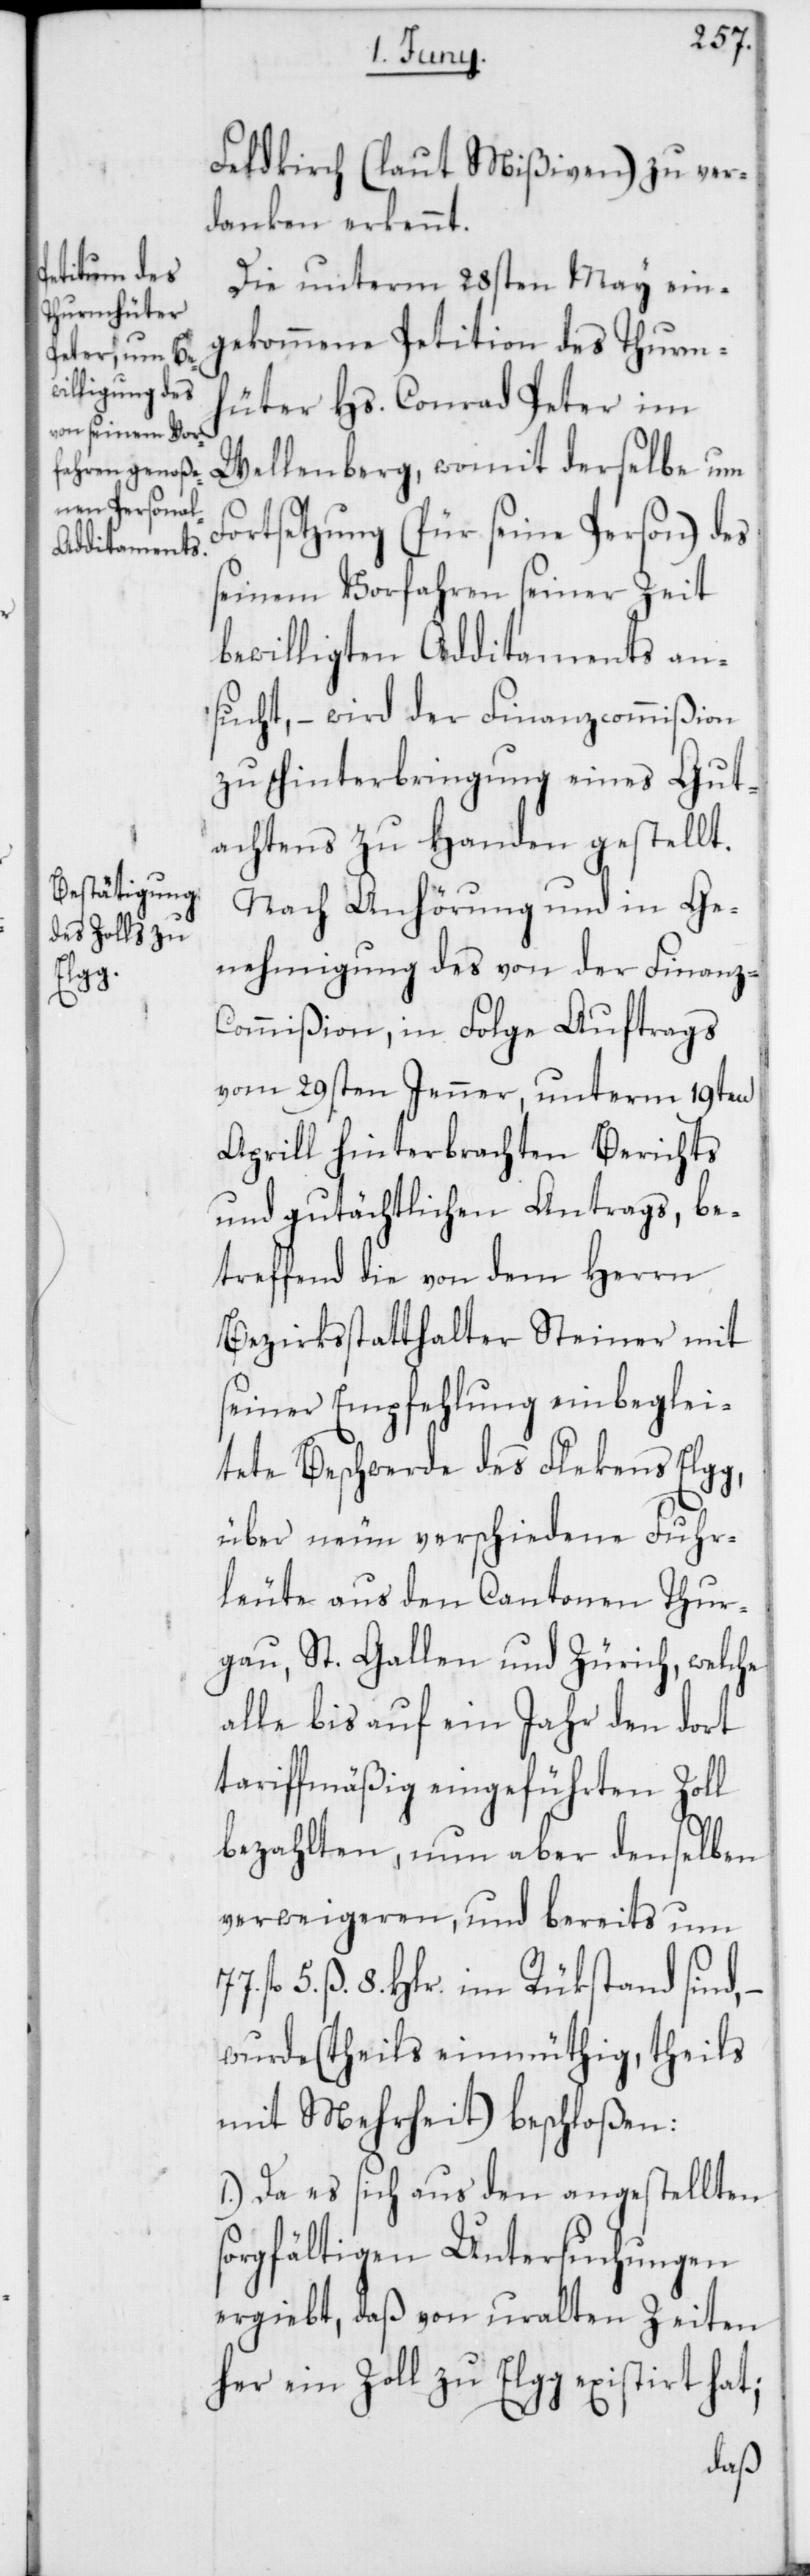
g,

Feldkirch (laut Mißiven) zu ver¬
danken erkennt.
Die unterm 28sten May ein¬
gekommene Petition des Turmh¬
üter Hs. Conrad Peter im
Wellenberg, womit derselbe um
Fortsetzung (für seine Person) des
seinem Vorfahren seiner Zeit
bewilligten Additaments an¬
sucht, – wird der Finanzcommißion
zu Hinterbringung eines Gut¬
achtens zu Handen gestellt.
Nach Anhörung und in Ge¬
nehmigung des von der Finanz-C¬
ommißion, in Folge Auftrags
vom 29sten Jenner, unterm 19ten
Aprill hinterbrachten Berichts
und gutächtlichen Antrags, be¬
treffend die von dem Herrn
Bezirksstatthalter Steiner mit
seiner Empfehlung einbeglei¬
tete Beschwerde des Flekens Elg¬
über neun verschiedene Fuhr¬
leute aus den Cantonen Thur¬
gau, St. Gallen und Zürich, welche
alle bis auf ein Jahr den dort
tariffmäßig eingeführten Zoll
bezahlten, nun aber denselben
verweigeren, und bereits um
5. ß. 8. Hlr. im Rükstand sind, –
wurde (theils einmüthig, theils
mit Mehrheit) beschloßen:
1.) Da es sich aus den angestellten
sorgfältigen Untersuchungen
ergiebt, daß von uralten Zeiten
her ein Zoll zu Elgg existirt hat;